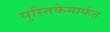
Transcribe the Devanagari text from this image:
पुस्तिकेमार्फत